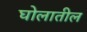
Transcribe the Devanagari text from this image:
घोलातील